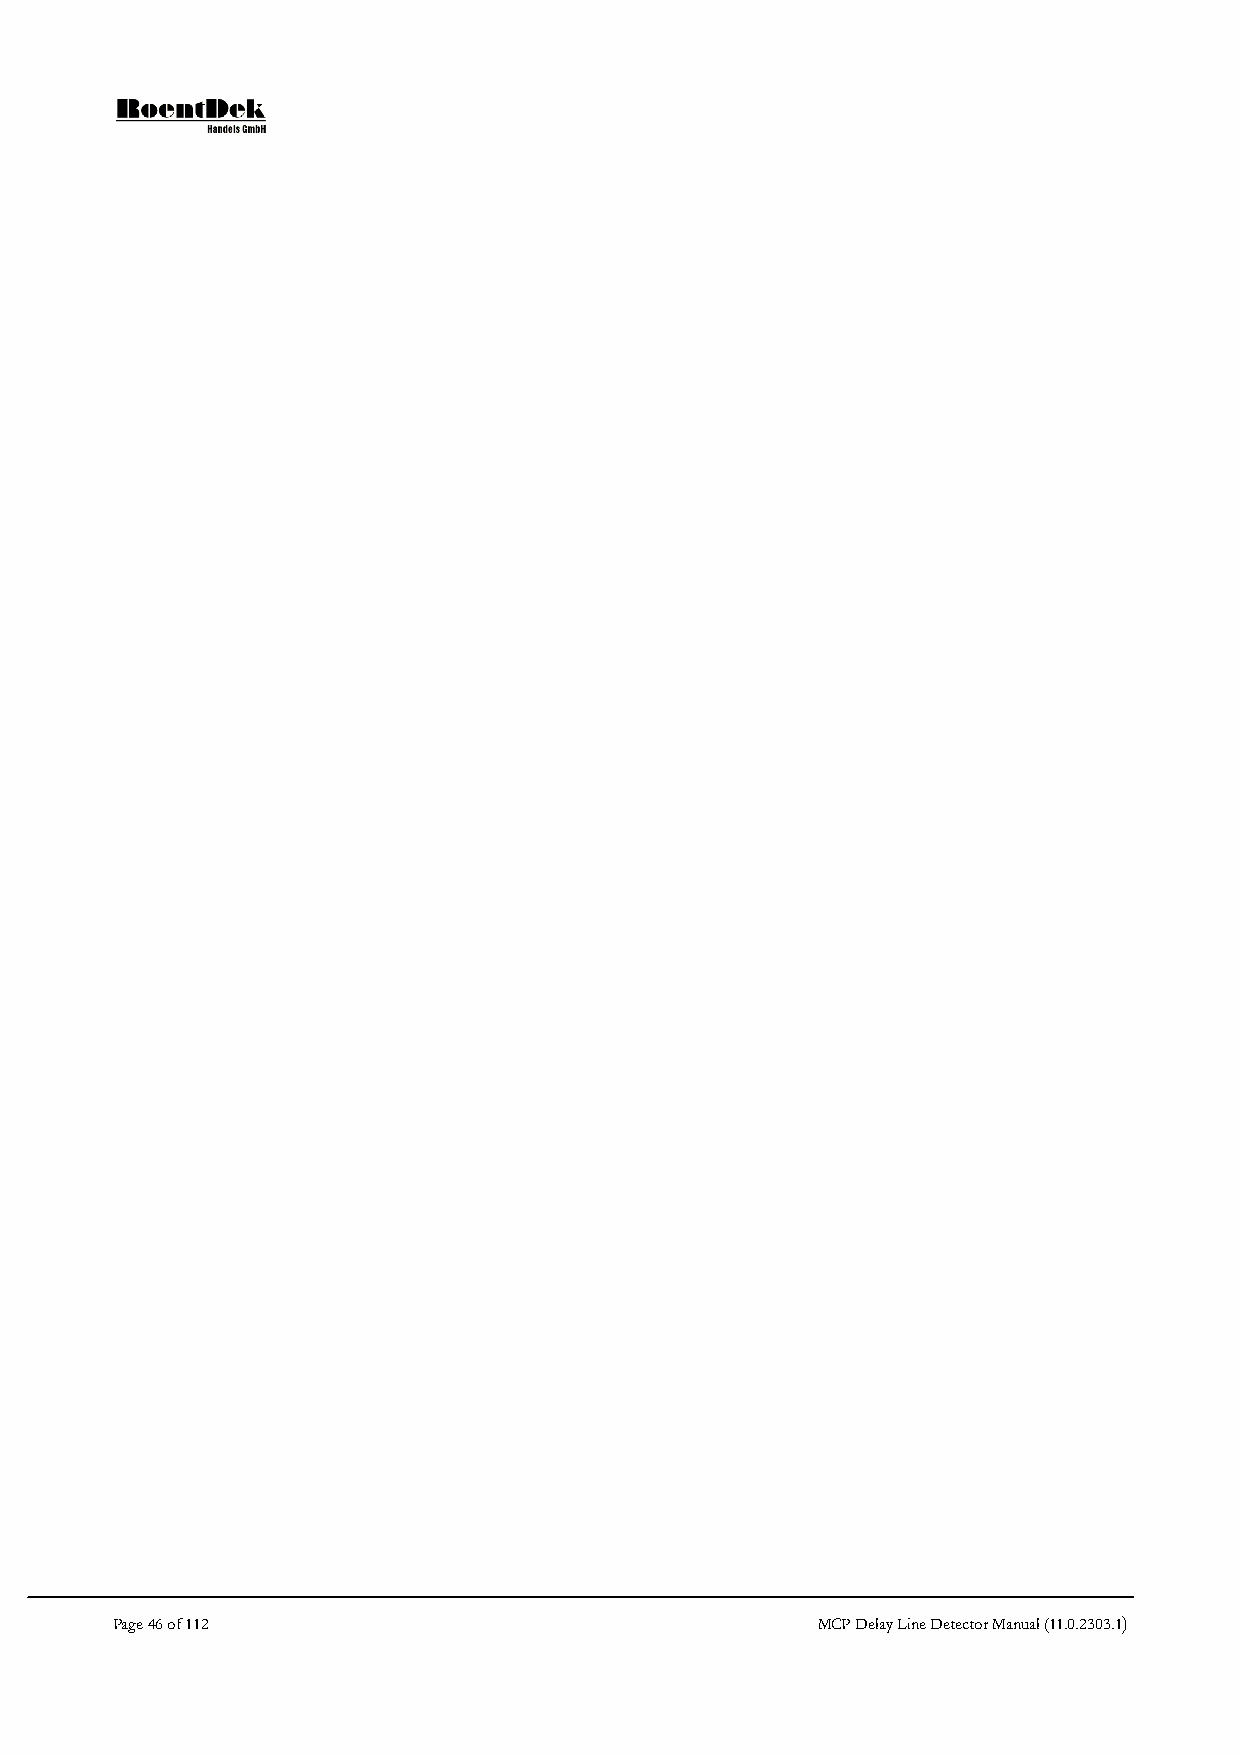
Page 46 of 112                                 MCP Delay Line Detector Manual (11.0.2303.1)